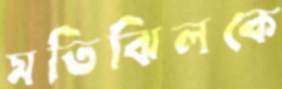
মতিঝিলকে